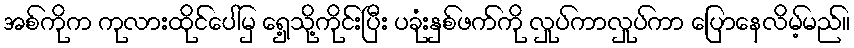
အစ်ကိုက ကုလားထိုင်ပေါ်မှ ရှေ့သို့ကိုင်းပြီး ပခုံးနှစ်ဖက်ကို လှုပ်ကာလှုပ်ကာ ပြောနေလိမ့်မည်။